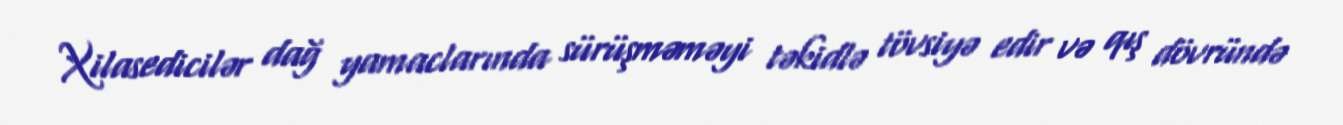
Xilasedicilər dağ yamaclarında sürüşməməyi təkidlə tövsiyə edir və qış dövründə